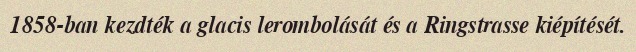
1858-ban kezdték a glacis lerombolását és a Ringstrasse kiépítését.